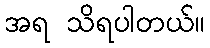
အရ သိရပါတယ်။